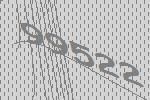
99522